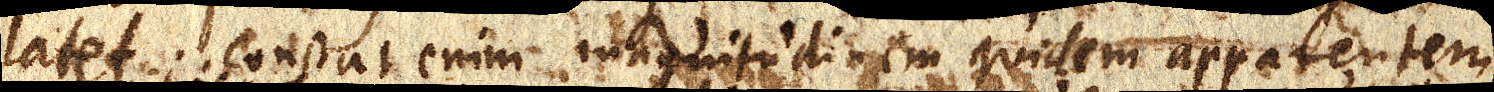
latet. Constat enim magnitudinem quidem apparentem